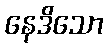
နေဒိသော